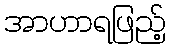
အာဟာရဖြည့်